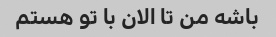
باشه من تا الان با تو هستم